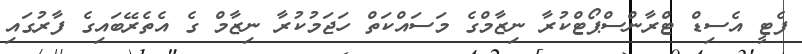
ފެޓީ އެސިޑް ޓްރާންސްޕޯޓްކުރާ ނިޒާމްގެ މަސައްކަތް ހަޖަމުކުރާ ނިޒާމް ގެ އެތެރޭބައިގެ ފާރުގައި